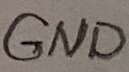
Text: GND